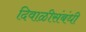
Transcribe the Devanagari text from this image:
दिवाळीसंबंधी